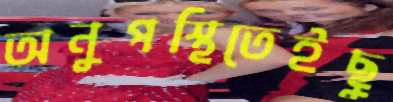
অনুপস্থিতেইছু